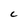
Character: C